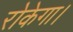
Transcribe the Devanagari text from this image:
रोकेगा।